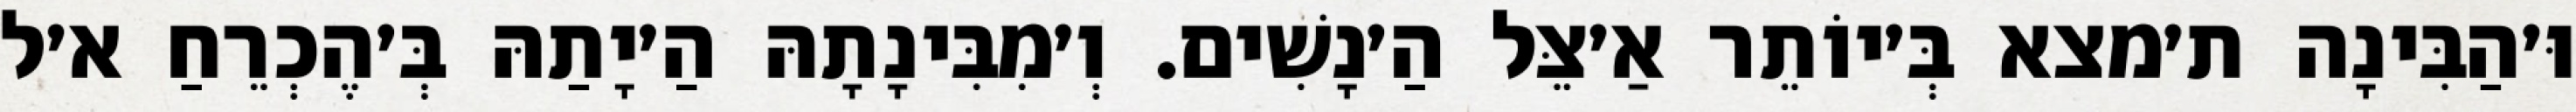
וּ׳הַבִּינָה ת׳מצא בְּ׳יוֹתֵר אַ׳צֵּל הַ׳נָשִׁים. וְ׳מִבִּינָתָהּ הַ׳יָתַהּ בְּ׳הֶכְרֵחַ א׳ל